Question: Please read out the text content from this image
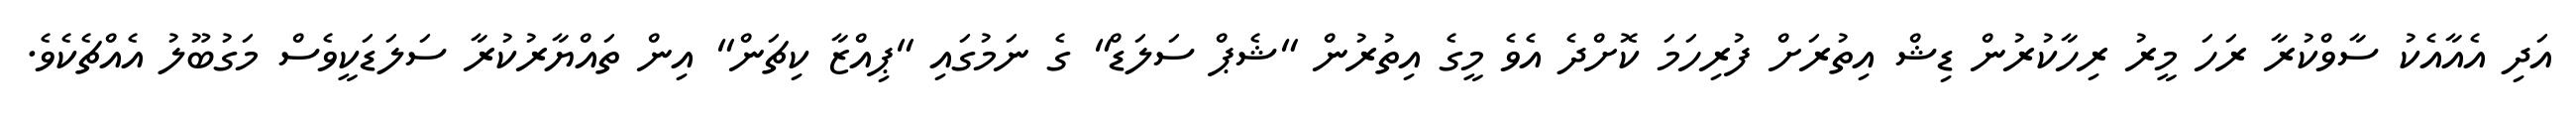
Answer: އަދި އެއާއެކު ސާވްކުރާ ރަހަ މީރު ރިހާކުރުން ޑިޝް އިތުރަށް ފުރިހަމަ ކޮށްދެ އެވެ މީގެ އިތުރުން "ޝެޕް ސަލަޑް" ގެ ނަމުގައި "ޕިއްޒާ ކިޗަން" އިން ތައްޔާރުކުރާ ސަލަޑަކީވެސް މަގުބޫލު އެއްޗެކެވެ.